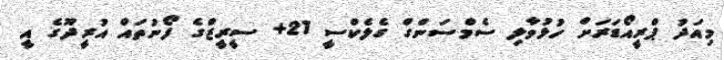
މިއަދު ޕްރީއޯޑަރަށް ހުޅުވާލި ސެމްސަންގް ގެލެކްސީ 21+ ސީރީޒްގެ ފޯނުތައް އުރީދޫގެ އީ